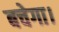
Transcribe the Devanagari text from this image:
बचेगा।